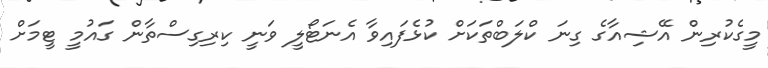
މީގެކުރިން އޭޝިއާގެ ގިނަ ކްލަބްތަކަށް ކުޅެފައިވާ އެނަޓޯލީ ވަނީ ކިރިގިސްތާން ގައުމީ ޓީމަށް